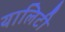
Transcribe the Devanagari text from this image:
यालिटी